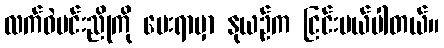
လက်ဝဲမင်းညိုကို ပေးရာမှာ နုယဉ်က ငြင်းပယ်ပါတယ်။